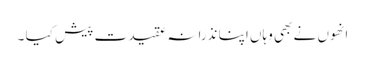
انھوں نے بھی وہاں اپنا نذرانہ عقیدت پیش کیا ۔